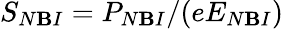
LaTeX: S_{N\mathbf{B}I}=P_{N\mathbf{B}I}/(eE_{N\mathbf{B}I})